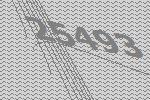
25493